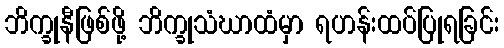
ဘိက္ခုနီဖြစ်ဖို့ ဘိက္ခုသံဃာထံမှာ ရဟန်းထပ်ပြုရခြင်း